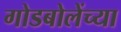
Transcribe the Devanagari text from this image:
गोडबोलेंच्या